Statistical return of the lunatic asylum in Assam - 1912-1932
Year: 1912
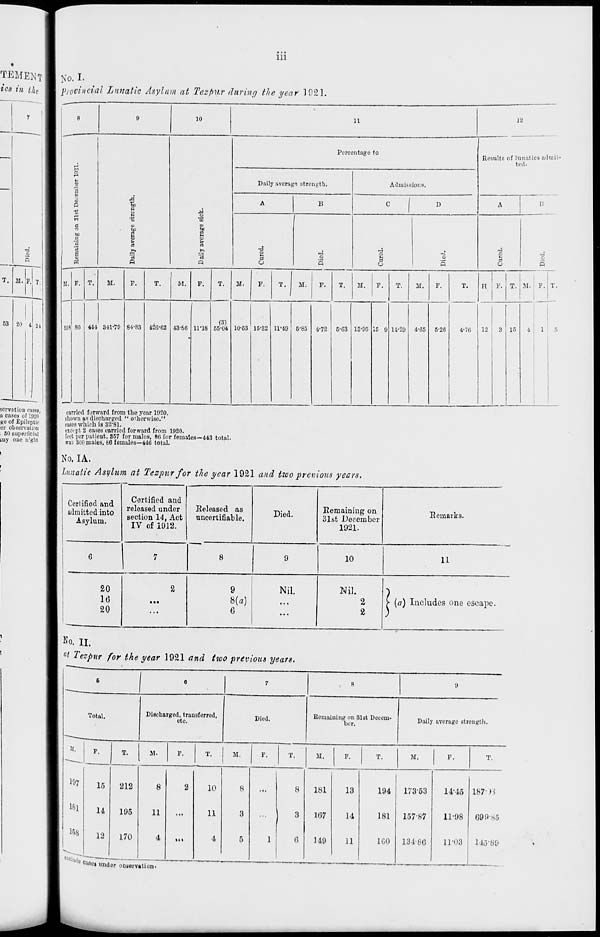
Ill
TEMENTBJJO.L
tea in the 1 provincial Lunatic Asylum at Tczpv.r during the year 1921.
50rvation cafes,
u cases of 1920
go of Epileptic
or obsorvatinu
. 50 superficial
iny one n'ght
8
9
10
11
12
A
i
o
e
1
>»
1
o
S
ID
s
a
Percentage to
Results of lunatics admit
ted.
Q
M
a
6
a
P
iS
«o
a
o
till
a
.9 "3
a
1
Daily average strength.
Admissions.
A
B
C
I)
A
B
o
5
"3
0
•a
S
"3
0
O
5
M.
S59
F.
SO
T.
M.
F.
T.
i
M. F.
T.
M.
F.
T.
M.
F.
T.
M.
F.
T.
M.
F.
T.
H F. T. M. F.
1
T.
444 341-79 84-83 420-62 43-86 11-18
(3)
55-04 10-53 15-32 11-49 6-85 4-72 5-03 13-95 15 0 14-29 4-65 5-20
4-76
12
3 15
4
6
carried forward from the year 1920.
Ehown a<! discharged, " otherwise."
cases which is 32-81.
esci pt 2 casos carried forward from 1920.
feet per patient, 857 for males, 80 for females—443 total.
was 3i;0 males, 66 females—410 total.
No. IA.
lunatic Asylum at Tespurfor the year 1921 and two previous years.
Certified and
admitted into
Asylum.
Certified and
released under
section 14, Act
IV of 1912.
Released as
uncertifiable.
Died.
Remaining on
3lst December
1921.
Remarks.
10
11
20
16
20
2
9
8(a)
6
Nil.
Nil.
)
...
2
2
JM Includes one escape.
No. II.
°t Tezpur for the year 1921 and two previous years.
Total.
F.
Discharged, trausforrod,
etc.
Died.
Eemaining on 31st Decem-
ber.
Daily averago strength
T.
51.
M.
T.
197
181
U>8
15
14
12
•who! rr—
212
195
170
8
11
4
10
11
4
M.
M.
T.
181
107
149
13
14
11
194
181
100
Cu9e » ""dor oonervation.
17353
157-87
14-45
11-98
1348G
11-03
187- )i
09 9 NO
145-89